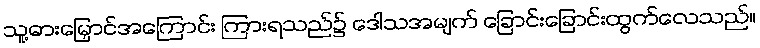
သူ့ဓားမြှောင်အကြောင်း ကြားရသည်၌ ဒေါသအမျက် ခြောင်းခြောင်းထွက်လေသည်။